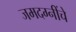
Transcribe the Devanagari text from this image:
जमदग्नींचे